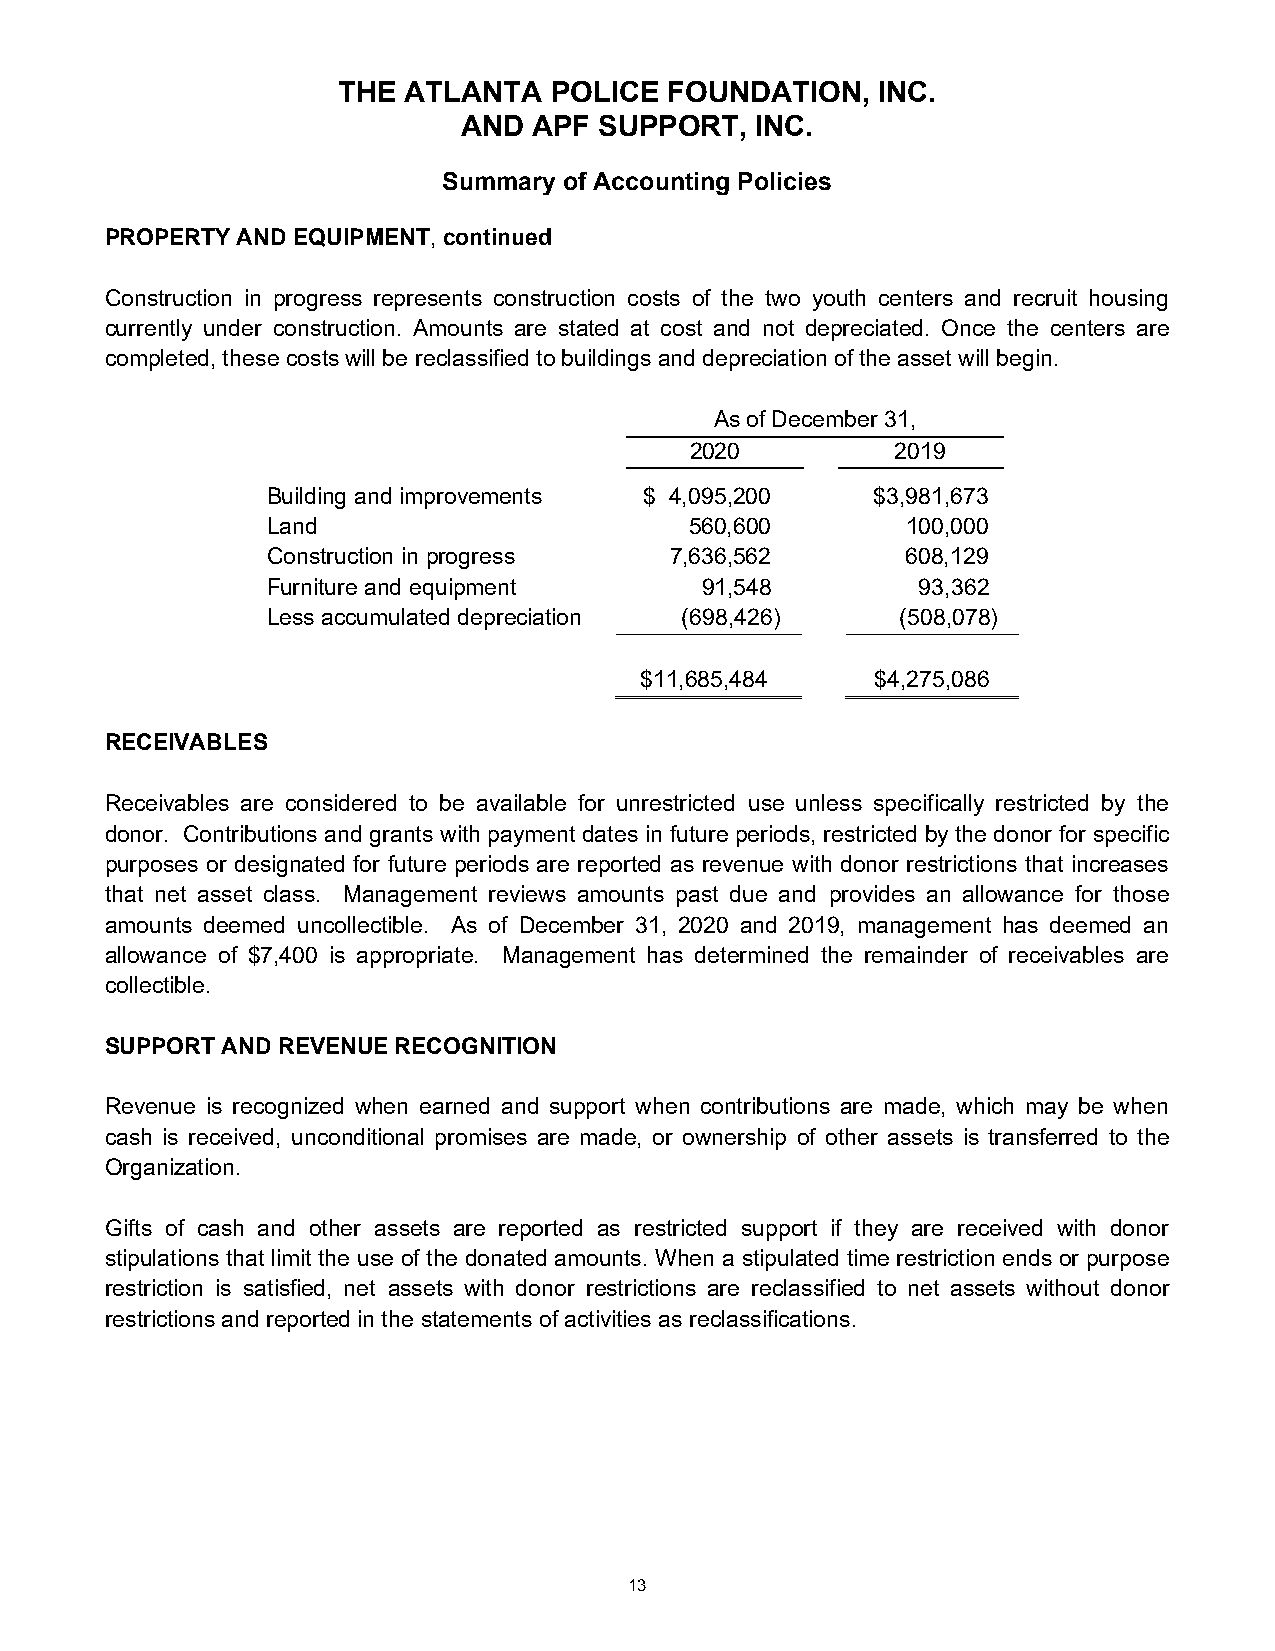
THE  ATLANTA  POLICE  FOUNDATION,   INC.
 AND APF  SUPPORT,  INC.
 Summary of Accounting Policies
 PROPERTY AND EQUIPMENT, continued
 Construction in progress represents construction costs of the two youth centers and recruit housing
 currently under construction. Amounts are stated at cost and not depreciated. Once the centers are
 completed, these costs will be reclassified to buildings and depreciation of the asset will begin.
 As of December 31,
 2020         2019
 Building and improvements $ 4,095,200   $3,981,673
 Land                        560,600       100,000
 Construction in progress  7,636,562       608,129
 Furniture and equipment     91,548         93,362
 Less accumulated depreciation (698,426)   (508,078)
 $11,685,484     $4,275,086
 RECEIVABLES
 Receivables are considered to be available for unrestricted use unless specifically restricted by the
 donor. Contributions and grants with payment dates in future periods, restricted by the donor for specific
 purposes or designated for future periods are reported as revenue with donor restrictions that increases
 that net asset class. Management reviews amounts past due and provides an allowance for those
 amounts deemed uncollectible. As of December 31, 2020 and 2019, management has deemed an
 allowance of $7,400 is appropriate. Management has determined the remainder of receivables are
 collectible.
 SUPPORT AND REVENUE RECOGNITION
 Revenue is recognized when earned and support when contributions are made, which may be when
 cash is received, unconditional promises are made, or ownership of other assets is transferred to the
 Organization.
 Gifts of cash and other assets are reported as restricted support if they are received with donor
 stipulations that limit the use of the donated amounts. When a stipulated time restriction ends or purpose
 restriction is satisfied, net assets with donor restrictions are reclassified to net assets without donor
 restrictions and reported in the statements of activities as reclassifications.
 13